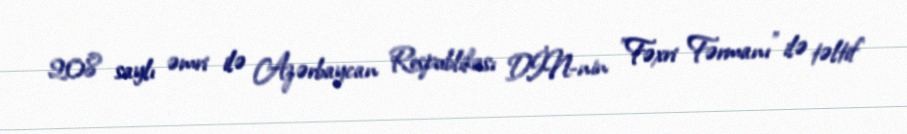
208 saylı əmri ilə Azərbaycan Respublikası DİN-nin "Fəxri Fərmanı" ilə təltif